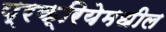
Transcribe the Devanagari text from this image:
प्रक्रियेमधील